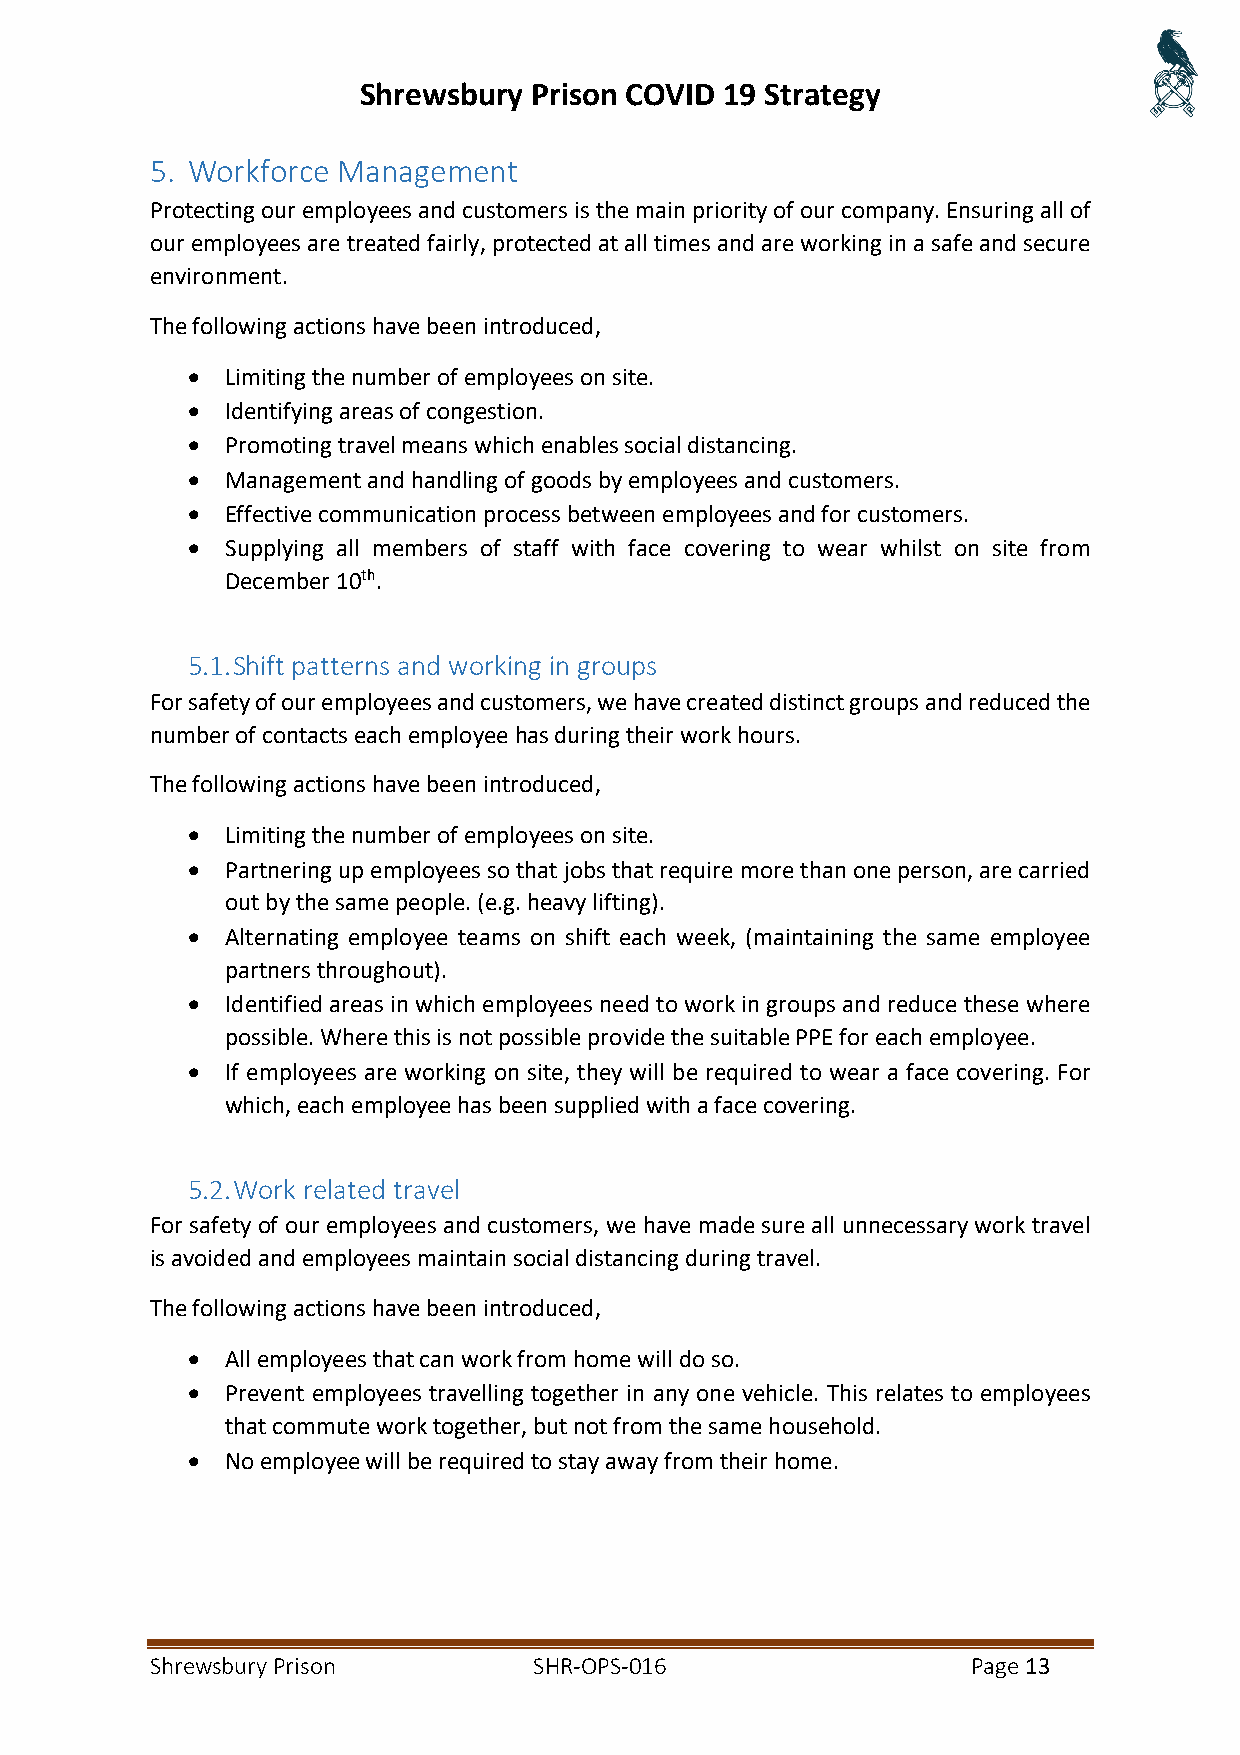
Shrewsbury Prison COVID 19 Strategy
 5. Workforce Management
 Protecting our employees and customers is the main priority of our company. Ensuring all of
 our employees are treated fairly, protected at all times and are working in a safe and secure
 environment.
 The following actions have been introduced,
 •  Limiting the number of employees on site.
 •  Identifying areas of congestion.
 •  Promoting travel means which enables social distancing.
 •  Management and handling of goods by employees and customers.
 •  Effective communication process between employees and for customers.
 •  Supplying all members of staff with face covering to wear whilst on site from
 December 10th.
 5.1. Shift patterns and working in groups
 For safety of our employees and customers, we have created distinct groups and reduced the
 number of contacts each employee has during their work hours.
 The following actions have been introduced,
 •  Limiting the number of employees on site.
 •  Partnering up employees so that jobs that require more than one person, are carried
 out by the same people. (e.g. heavy lifting).
 •  Alternating employee teams on shift each week, (maintaining the same employee
 partners throughout).
 •  Identified areas in which employees need to work in groups and reduce these where
 possible. Where this is not possible provide the suitable PPE for each employee.
 •  If employees are working on site, they will be required to wear a face covering. For
 which, each employee has been supplied with a face covering.
 5.2. Work related travel
 For safety of our employees and customers, we have made sure all unnecessary work travel
 is avoided and employees maintain social distancing during travel.
 The following actions have been introduced,
 •  All employees that can work from home will do so.
 •  Prevent employees travelling together in any one vehicle. This relates to employees
 that commute work together, but not from the same household.
 •  No employee will be required to stay away from their home.
 Shrewsbury Prison        SHR-OPS-016                  Page 13